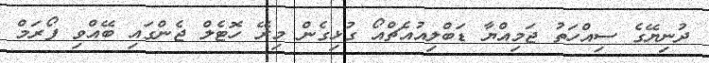
ދުނިޔޭގެ ސިއްހަތު ޖަމިއްޔާ ޑަބްލިއުއެޗްއޯ ގުޅިގެން މިރޭ ހޮޓެލް ޖެންގައި ބޭއްވި ފޯރަމް